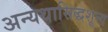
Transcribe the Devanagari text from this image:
अन्यथासिद्धशून्य